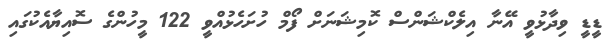
ޑީޑީ ވިދާޅުވީ އޭނާ އިލެކްޝަންސް ކޮމިޝަނަށް ފޯމް ހުށަހެޅުއްވީ 122 މީހުންގެ ސޮއިޔާއެކުގައި